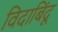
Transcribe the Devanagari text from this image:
विदाबिंदू